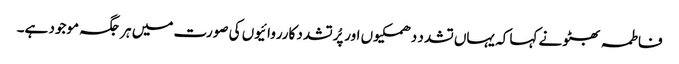
فاطمہ بھٹو نے کہا کہ یہاں تشدد دھمکیوں اور پُرتشدد کارروائیوں کی صورت میں ہر جگہ موجود ہے۔